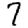
Digit: 7